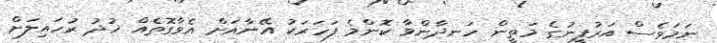
ނަމަވެސް އަރުފީނުގެ މަތީން ހަނދާންވާ ކޮންމެ ފަހަރަކު އޭނާއަށް އެވާގޮތެއް ޚުދު ރުހައިލަށް